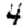
Digit: 4